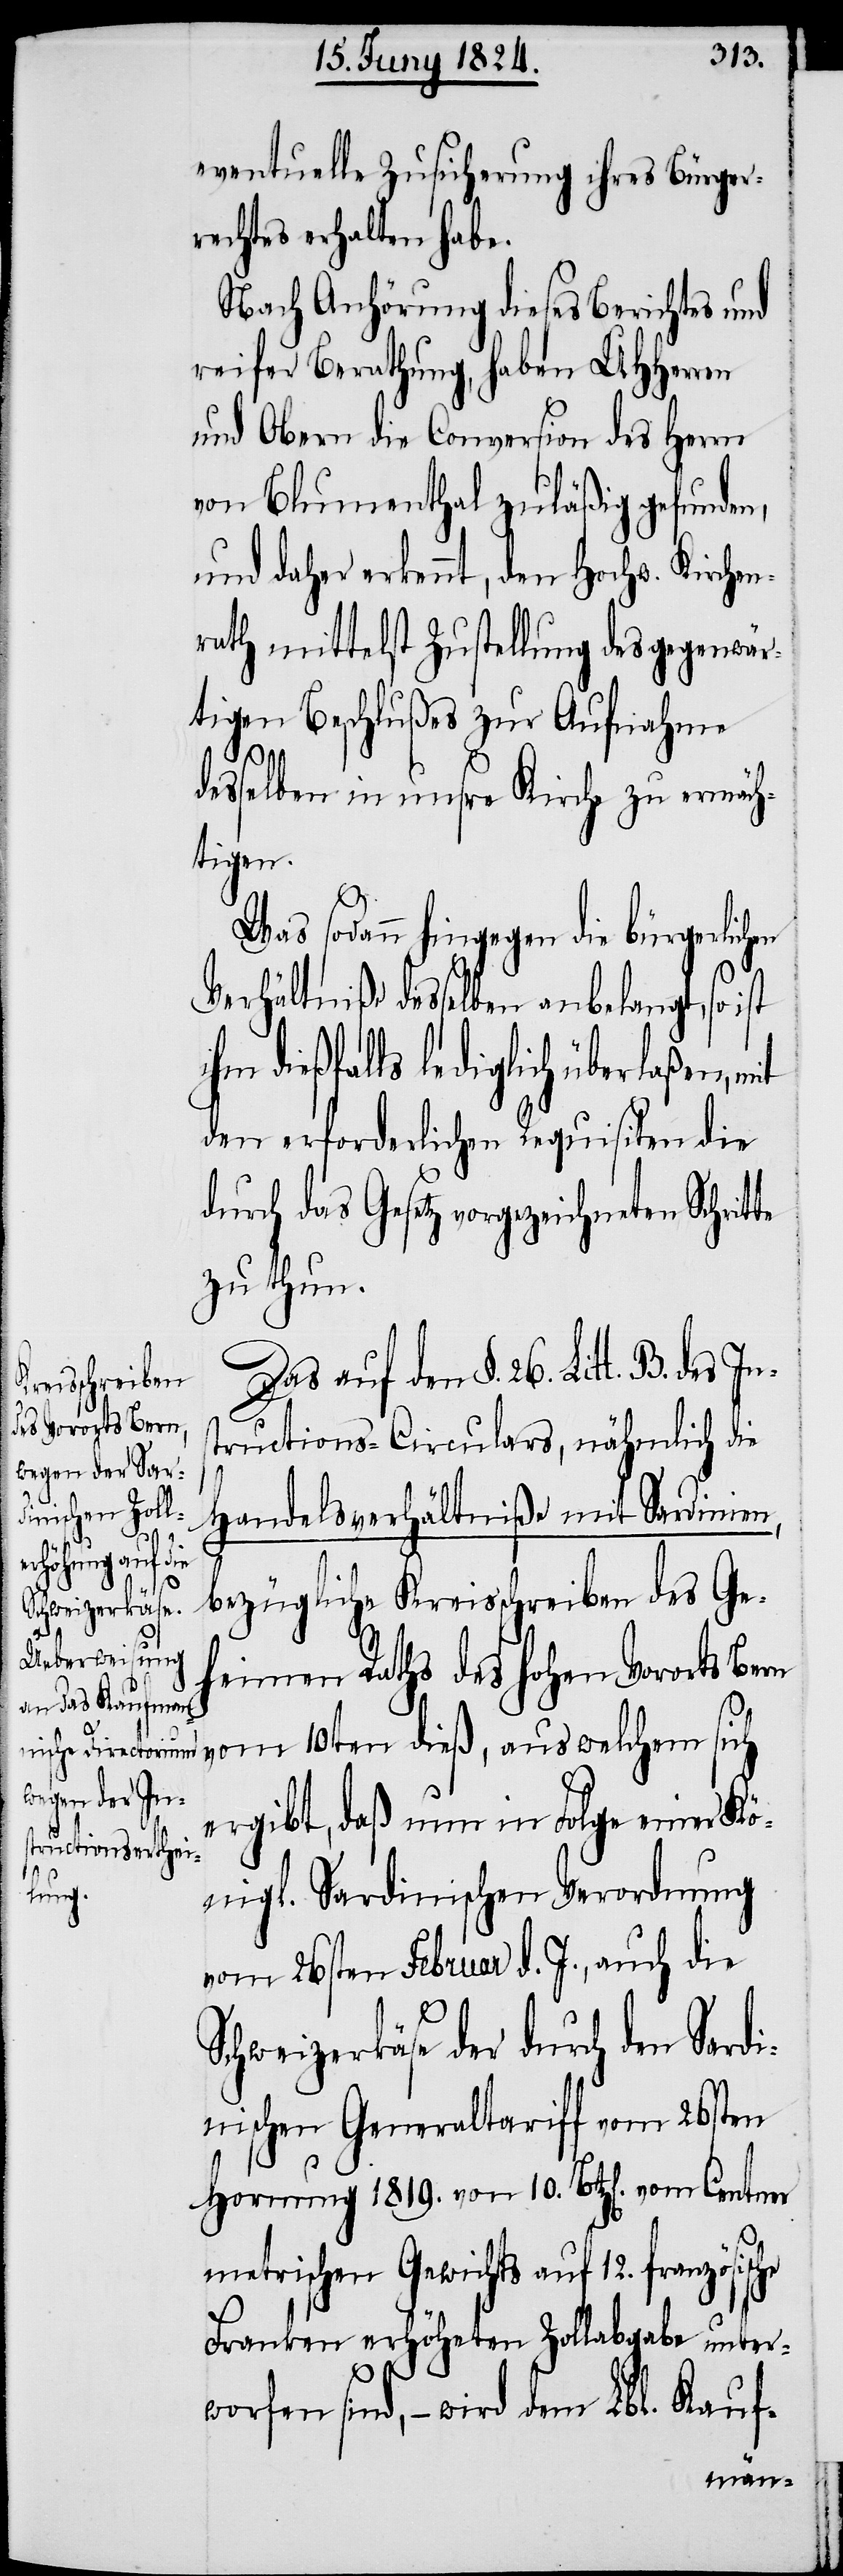
eventuelle Zusicherung ihres Bürger¬
rechtes erhalten habe.
Nach Anhörung dieses Berichtes und
reifer Berathung, haben UHHerren
und Obern die Conversion des Herrn
von Blumenthal zuläßig gefunden,
und daher erkennt, dem Hochw. Kirchen¬
rath mittelst Zustellung des gegenwär¬
tigen Beschlußes zur Aufnahme
che
desselben in unsre Kirche zu ermäch¬
tigen.
Was sodann hingegen die bürgerlich¬
Verhältniße desselben anbelangt, so ist
dießfalls lediglich überlaßen,
den erforderlichen Requisiten die
durch das Gesetz vorgezeichneten Schrit¬
zu thun.
Das auf den §. 26. Litt.
tructions-Circulars, nähmlich die
S¬
Handelsverhältniße mit Sardinien,
bezügliche Kreisschreiben des Ge¬
heimen Raths des hohen Vororts B¬
ern vom 10ten dieß, aus welchem sich
B. des Ins¬
ergibt, daß nun in Folge einer Kö¬
nigl. Sardinischen Verordnung
vom 26sten Februar d. J., auch die
chweizerkäse der durch den Sardi¬
nischen Generaltariff vom 26sten
Hornung 1819. von 10. Btz[en]. vom Centner
metrischen Gewichts auf 12. französis¬
Franken erhöheten Zollabgabe unter¬
worfen sind, – wird dem Lbl. Kauf-
en